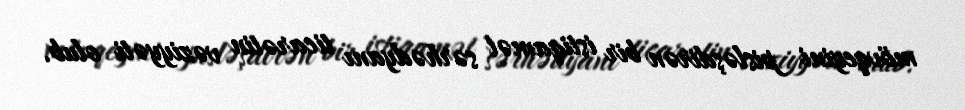
mövqeyini pisləşdirən bir istiqamət sərhədyanı ticarətin vəziyyəti olub.